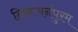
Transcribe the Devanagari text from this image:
तिरूवनंपुरम